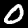
Label: 0